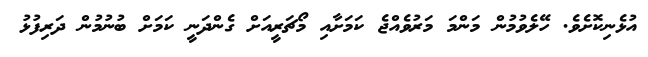
އުޅެނިކޮށެވެ. ހޭލެވުމުން މަންމަ މަރުވެއްޖެ ކަމަށާއި މޯޗަރީއަށް ގެންދަނީ ކަމަށް ބުނުމުން ދަރިފުޅު